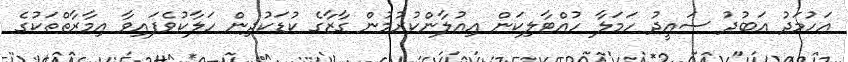
އަހުމަދު އަބުދު ސައީދު ހަމަލާ ހުއްޓާލިކަން އިއުލާންކުރުމުން ގާޒާގެ ކުޑަކުދިން ހަލާކުވެފައިވާ އިމާރާތްތަކުގެ